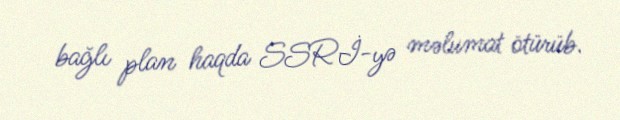
bağlı plan haqda SSRİ-yə məlumat ötürüb.